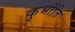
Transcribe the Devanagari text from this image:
कुभाँति